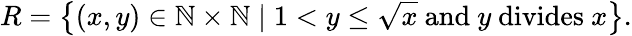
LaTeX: R=\left\{ (x,y)\in\mathbb{N}\times\mathbb{N}\mid 1<y\leq{\sqrt{x}}{\mathrm{~and~}}y{\mathrm{~divides~}}x\right\} .